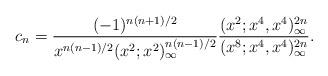
LaTeX: \begin{align*}c_n =\frac{(-1)^{n(n+1)/2}}{x^{n(n-1)/2}(x^2 ; x^2 )_\infty^{n(n-1)/2}}\frac{(x^2 ; x^4 , x^4 )_\infty^{2n}}{(x^8 ; x^4 , x^4 )_\infty^{2n}}. \end{align*}